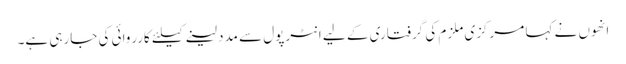
انھوں نے کہا مرکزی ملزم کی گرفتاری کے لیے انٹرپول سے مدد لینے کیلئے کارروائی کی جارہی ہے۔